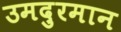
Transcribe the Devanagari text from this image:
उमदुरमान